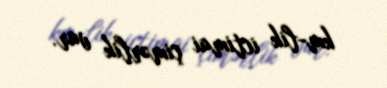
km-lik ictimai çimərlik var.